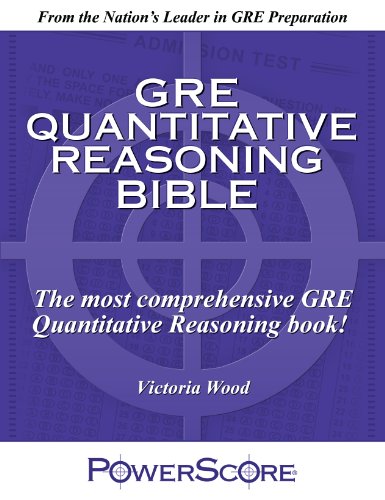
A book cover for The PowerScore GRE Quantitative Reasoning Bible; Victoria Wood; Test Preparation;